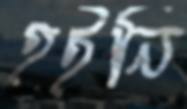
হইনি